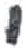
אות: י